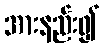
အားနည်း၍